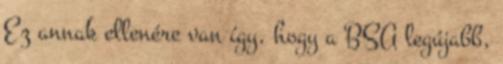
Ez annak ellenére van így, hogy a BSA legújabb,